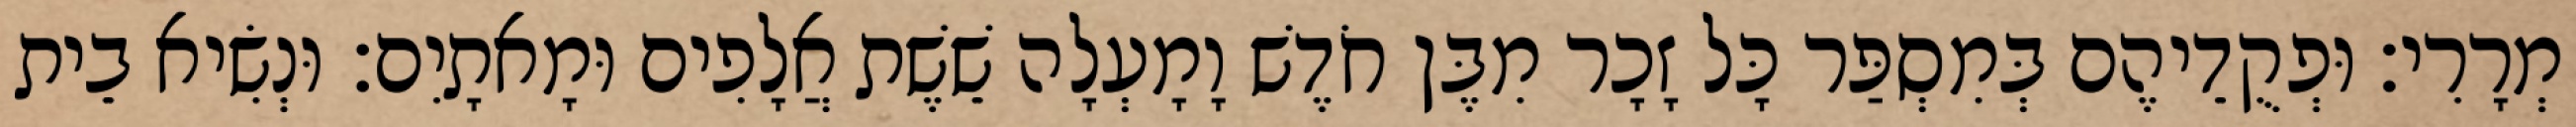
מְרָרִי׃ וּפְקֻדֵיהֶם בְּמִסְפַּר כָּל זָכָר מִבֶּן חֹדֶשׁ וָמָעְלָה שֵׁשֶׁת אֲלָפִים וּמָאתָיִם׃ וּנְשִׂיא בֵית